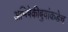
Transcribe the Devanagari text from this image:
अभिषेकीबुवांकडेच